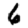
Digit: 6